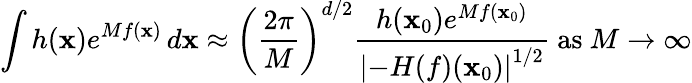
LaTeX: \int h(\mathbf{x})e^{Mf(\mathbf{x})}\, d\mathbf{x}\approx\left({\frac{2\pi}{M}}\right)^{d/2}{\frac{h(\mathbf{x}_{0})e^{Mf(\mathbf{x}_{0})}}{\left|-H(f)(\mathbf{x}_{0})\right|^{1/2}}}{\mathrm{~as~}}M\to\infty